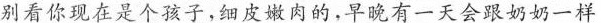
别看你现在是个孩子，细皮嫩肉的，早晚有一天会跟奶奶一样